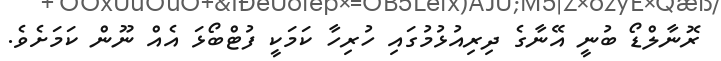
ރޮނާލްޑޯ ބުނީ އޭނާގެ ދިރިއުޅުމުގައި ހުރިހާ ކަމަކީ ފުޓްބޯޅަ އެއް ނޫން ކަމަށެވެ.